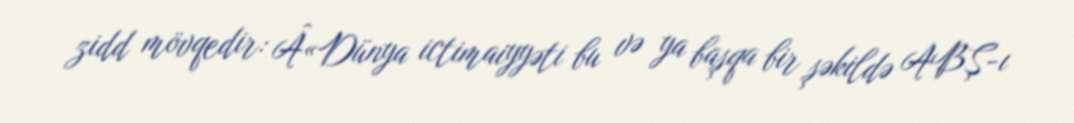
zidd mövqedir: Â«Dünya ictimaiyyəti bu və ya başqa bir şəkildə ABŞ-ı